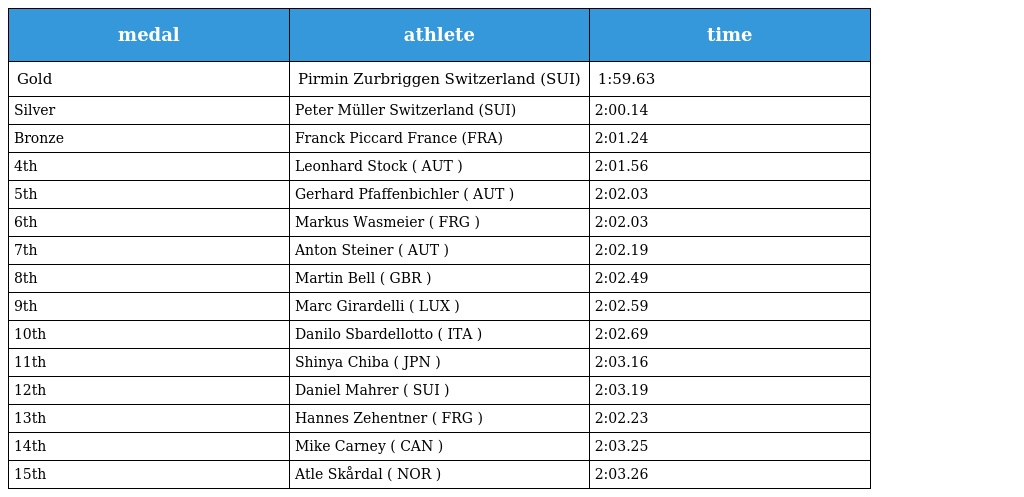
| medal | athlete | time |
 | --- | --- | --- |
 | Gold | Pirmin Zurbriggen Switzerland (SUI) | 1:59.63 |
 | Silver | Peter Müller Switzerland (SUI) | 2:00.14 |
 | Bronze | Franck Piccard France (FRA) | 2:01.24 |
 | 4th | Leonhard Stock ( AUT ) | 2:01.56 |
 | 5th | Gerhard Pfaffenbichler ( AUT ) | 2:02.03 |
 | 6th | Markus Wasmeier ( FRG ) | 2:02.03 |
 | 7th | Anton Steiner ( AUT ) | 2:02.19 |
 | 8th | Martin Bell ( GBR ) | 2:02.49 |
 | 9th | Marc Girardelli ( LUX ) | 2:02.59 |
 | 10th | Danilo Sbardellotto ( ITA ) | 2:02.69 |
 | 11th | Shinya Chiba ( JPN ) | 2:03.16 |
 | 12th | Daniel Mahrer ( SUI ) | 2:03.19 |
 | 13th | Hannes Zehentner ( FRG ) | 2:02.23 |
 | 14th | Mike Carney ( CAN ) | 2:03.25 |
 | 15th | Atle Skårdal ( NOR ) | 2:03.26 |